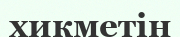
хикметін